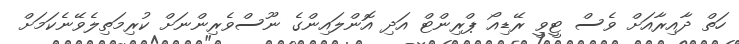
ހަތް ދާއިރާއަށް ވެސް ޓީވީ ރޭޑިއޯ ޕްރިންޓް އަދި އޮންލައިންގެ ނޫސްވެރިންނަށް ކުރިމަތިލެވޭނެކަމަށް